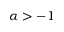
\alpha > - 1